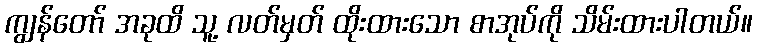
ကျွန်တော် အခုထိ သူ့ လတ်မှတ် ထိုးထားသော စာအုပ်ကို သိမ်းထားပါတယ်။